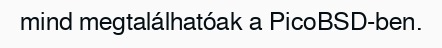
mind megtalálhatóak a PicoBSD-ben.